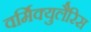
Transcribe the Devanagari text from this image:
वर्मिक्युलैरिस